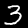
Digit: 3